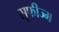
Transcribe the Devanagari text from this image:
सूफीज्म